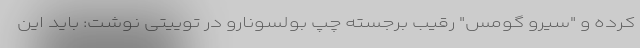
کرده و "سیرو گومس" رقیب برجسته چپ بولسونارو در توییتی نوشت: باید این